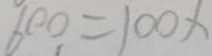
6 0 0 = 1 0 0 x